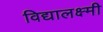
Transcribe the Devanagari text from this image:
विद्यालक्ष्मी